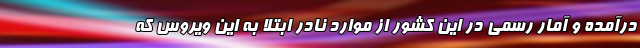
درآمده و آمار رسمی در این کشور از موارد نادر ابتلا به این ویروس که